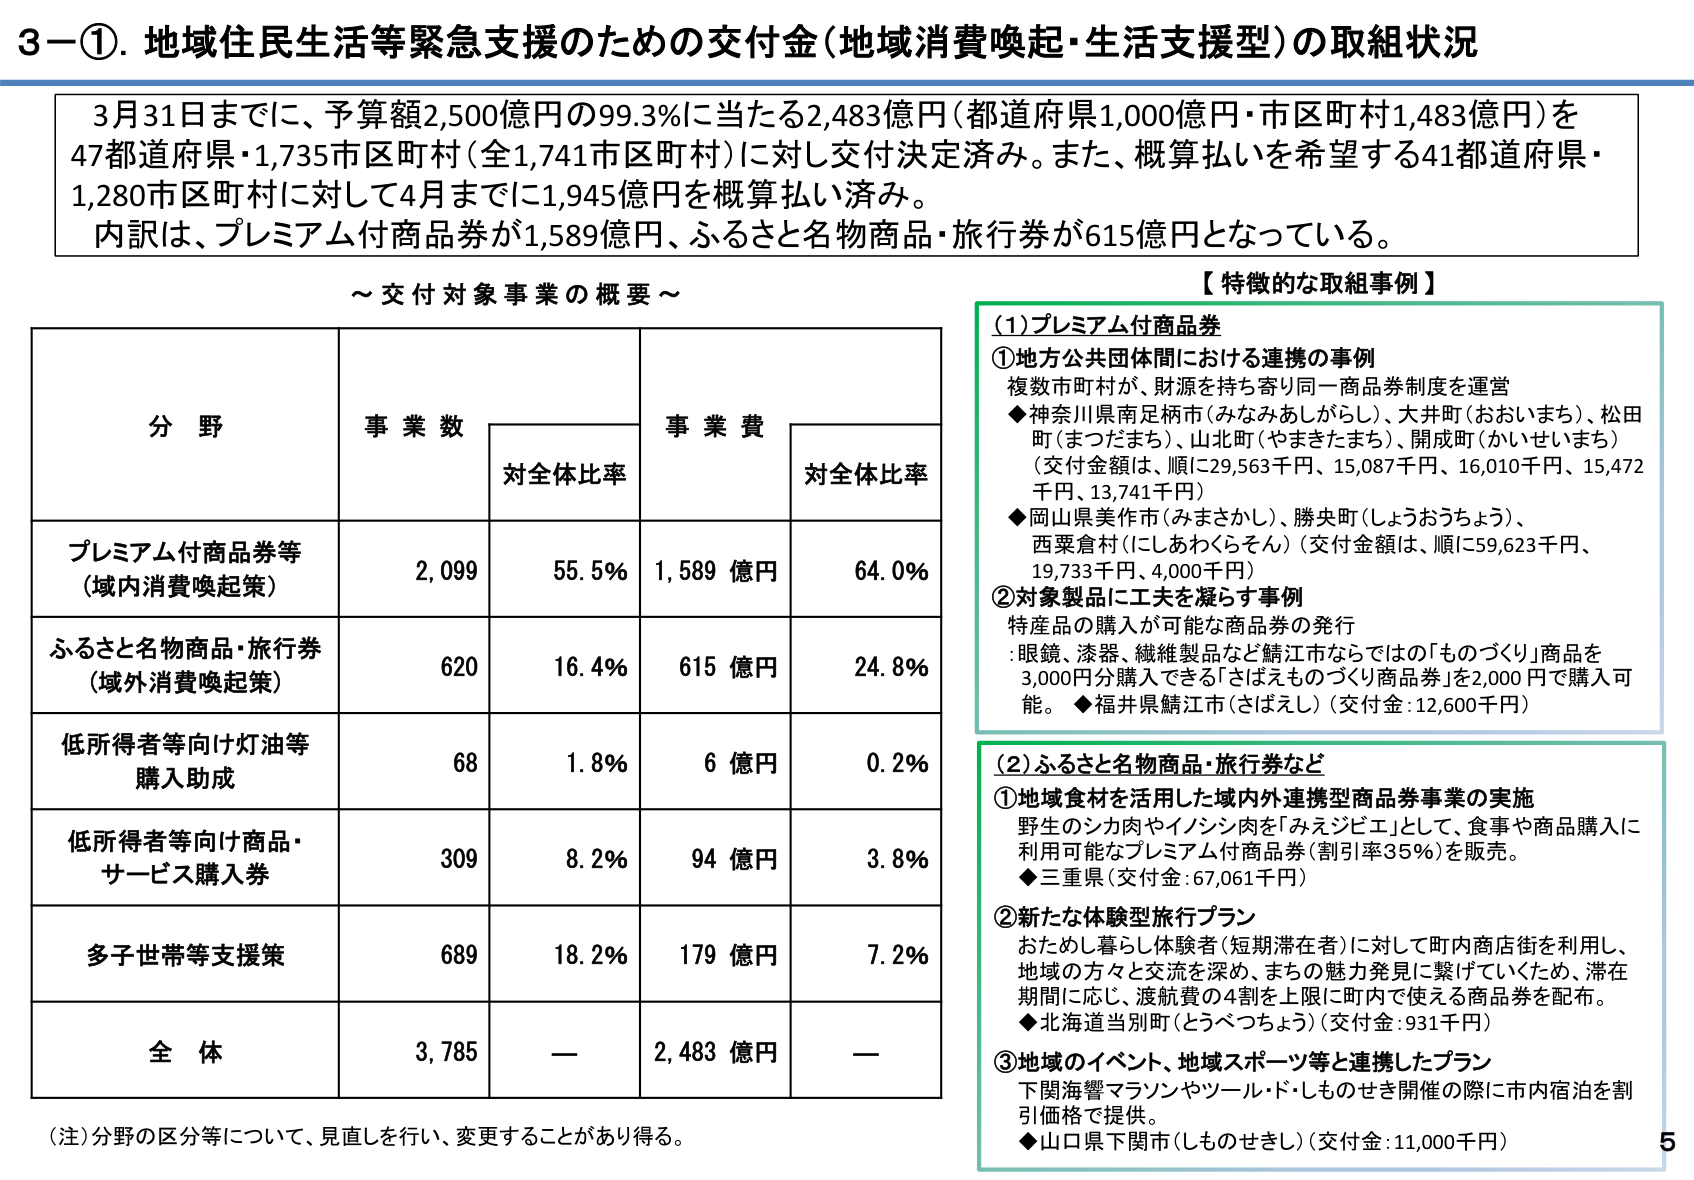
3－①．地域住民生活等緊急支援のための交付金（地域消費喚起・生活支援型）の取組状況

3月31日までに、予算額2,500億円の99.3％に当たる2,483億円（都道府県1,000億円・市区町村1,483億円）を47都道府県・1,735市区町村（全1,741市区町村）に対し交付決定済み。また、概算払いを希望する41都道府県・1,280市区町村に対して4月までに1,945億円を概算払い済み。
内訳は、プレミアム付商品券が1,589億円、ふるさと名物商品・旅行券が615億円となっている。

～交付対象事業の概要～

分野　　　　　　　　　　事業数　　　　対全体比率　　　　事業費　　　　対全体比率
　　　　　　　　　　　　　　　　　　　　　　　　　　　　　　　　　　　　　
プレミアム付商品券等　　2,099　　　　55.5％　　　　1,589 億円　　　64.0％
（域内消費喚起策）
ふるさと名物商品・旅行券　620　　　　16.4％　　　　615 億円　　　24.8％
（域外消費喚起策）
低所得者等向け灯油等　　68　　　　　1.8％　　　　　6 億円　　　　0.2％
購入助成
低所得者等向け商品・　　309　　　　8.2％　　　　　94 億円　　　　3.8％
サービス購入券
多子世帯等支援策　　　　689　　　　18.2％　　　　179 億円　　　　7.2％
　　　　　　　　　　　　　　　　　　　　　　　　　　　　　　　　　　　　　
全 体　　　　　　　　　3,785　　　　―　　　　　　2,483 億円　　　―

（注）分野の区分等について、見直しを行い、変更することがあり得る。

【特徴的な取組事例】

（1）プレミアム付商品券
①地方公共団体間における連携の事例
複数市町村が、財源を持ち寄り同一商品券制度を運営
◆神奈川県南足柄市（みなみあしがらし）、大井町（おおいまち）、松田町（まつだまち）、山北町（やまきたまち）、開成町（かいせいまち）
（交付金額は、順に29,563千円、15,087千円、16,010千円、15,472千円、13,741千円）
◆岡山県美作市（みまさかし）、勝央町（しょうおうちょう）、
西粟倉村（にしあわくらそん）（交付金額は、順に59,623千円、
19,733千円、4,000千円）
②対象製品に工夫を凝らす事例
特産品の購入が可能な商品券の発行
：眼鏡、漆器、繊維製品など鯖江市ならではの「ものづくり」商品を
3,000円分購入できる「さばえものづくり商品券」を2,000円で購入可能。
◆福井県鯖江市（さばえし）（交付金：12,600千円）

（2）ふるさと名物商品・旅行券など
①地域食材を活用した域内外連携型商品券事業の実施
野生のシカ肉やイノシシ肉を「みえジビエ」として、食事や商品購入に
利用可能なプレミアム付商品券（割引率35％）を販売。
◆三重県（交付金：67,061千円）
②新たな体験型旅行プラン
おためし暮らし体験者（短期滞在者）に対して町内商店街を利用し、
地域の方々と交流を深め、まちの魅力発見に繋げていくため、滞在
期間に応じ、渡航費の4割を上限に町内で使える商品券を配布。
◆北海道当別町（とうべつちょう）（交付金：931千円）
③地域のイベント、地域スポーツ等と連携したプラン
下関海響マラソンやツール・ド・しものせき開催の際に市内宿泊を割
引価格で提供。
◆山口県下関市（しものせきし）（交付金：11,000千円）

5